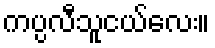
ကပ္ပလီသူငယ်လေး။